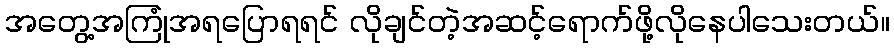
အတွေ့အကြုံအရပြောရရင် လိုချင်တဲ့အဆင့်ရောက်ဖို့လိုနေပါသေးတယ်။